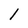
Character: 1